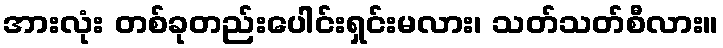
အားလုံး တစ်ခုတည်းပေါင်းရှင်းမလား၊ သတ်သတ်စီလား။